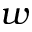
w